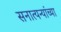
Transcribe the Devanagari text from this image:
सनात्यन्यांच्या